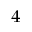
_ 4